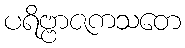
ပရိဗ္ဗာဇကသတေ